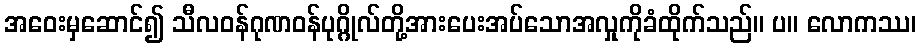
အဝေးမှဆောင်၍ သီလဝန်ဂုဏဝန်ပုဂ္ဂိုလ်တို့အားပေးအပ်သောအလှုကိုခံထိုက်သည်။ ပ။ လောကဿ၊